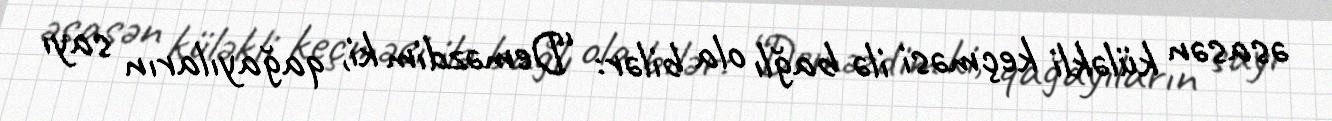
əsasən küləkli keçməsi ilə bağlı ola bilər: “Deməzdim ki, qağayıların sayı